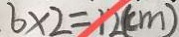
6 \times 2 = 1 2 ( c m )